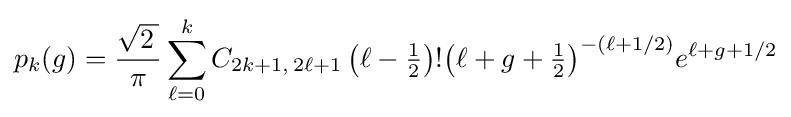
p_{k}(g)={\frac {\sqrt {2\,}}{\pi }}\sum _{\ell =0}^{k}C_{2k+1,\,2\ell +1}\left(\ell -{\tfrac {1}{2}}\right)!{\left(\ell +g+{\tfrac {1}{2}}\right)}^{-(\ell +1/2)}e^{\ell +g+1/2}